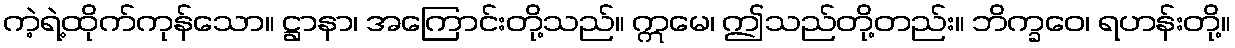
ကဲ့ရဲ့ထိုက်ကုန်သော။ ဋ္ဌာနာ၊ အကြောင်းတို့သည်။ ဣမေ၊ ဤသည်တို့တည်း။ ဘိက္ခဝေ၊ ရဟန်းတို့။